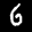
Label: 6